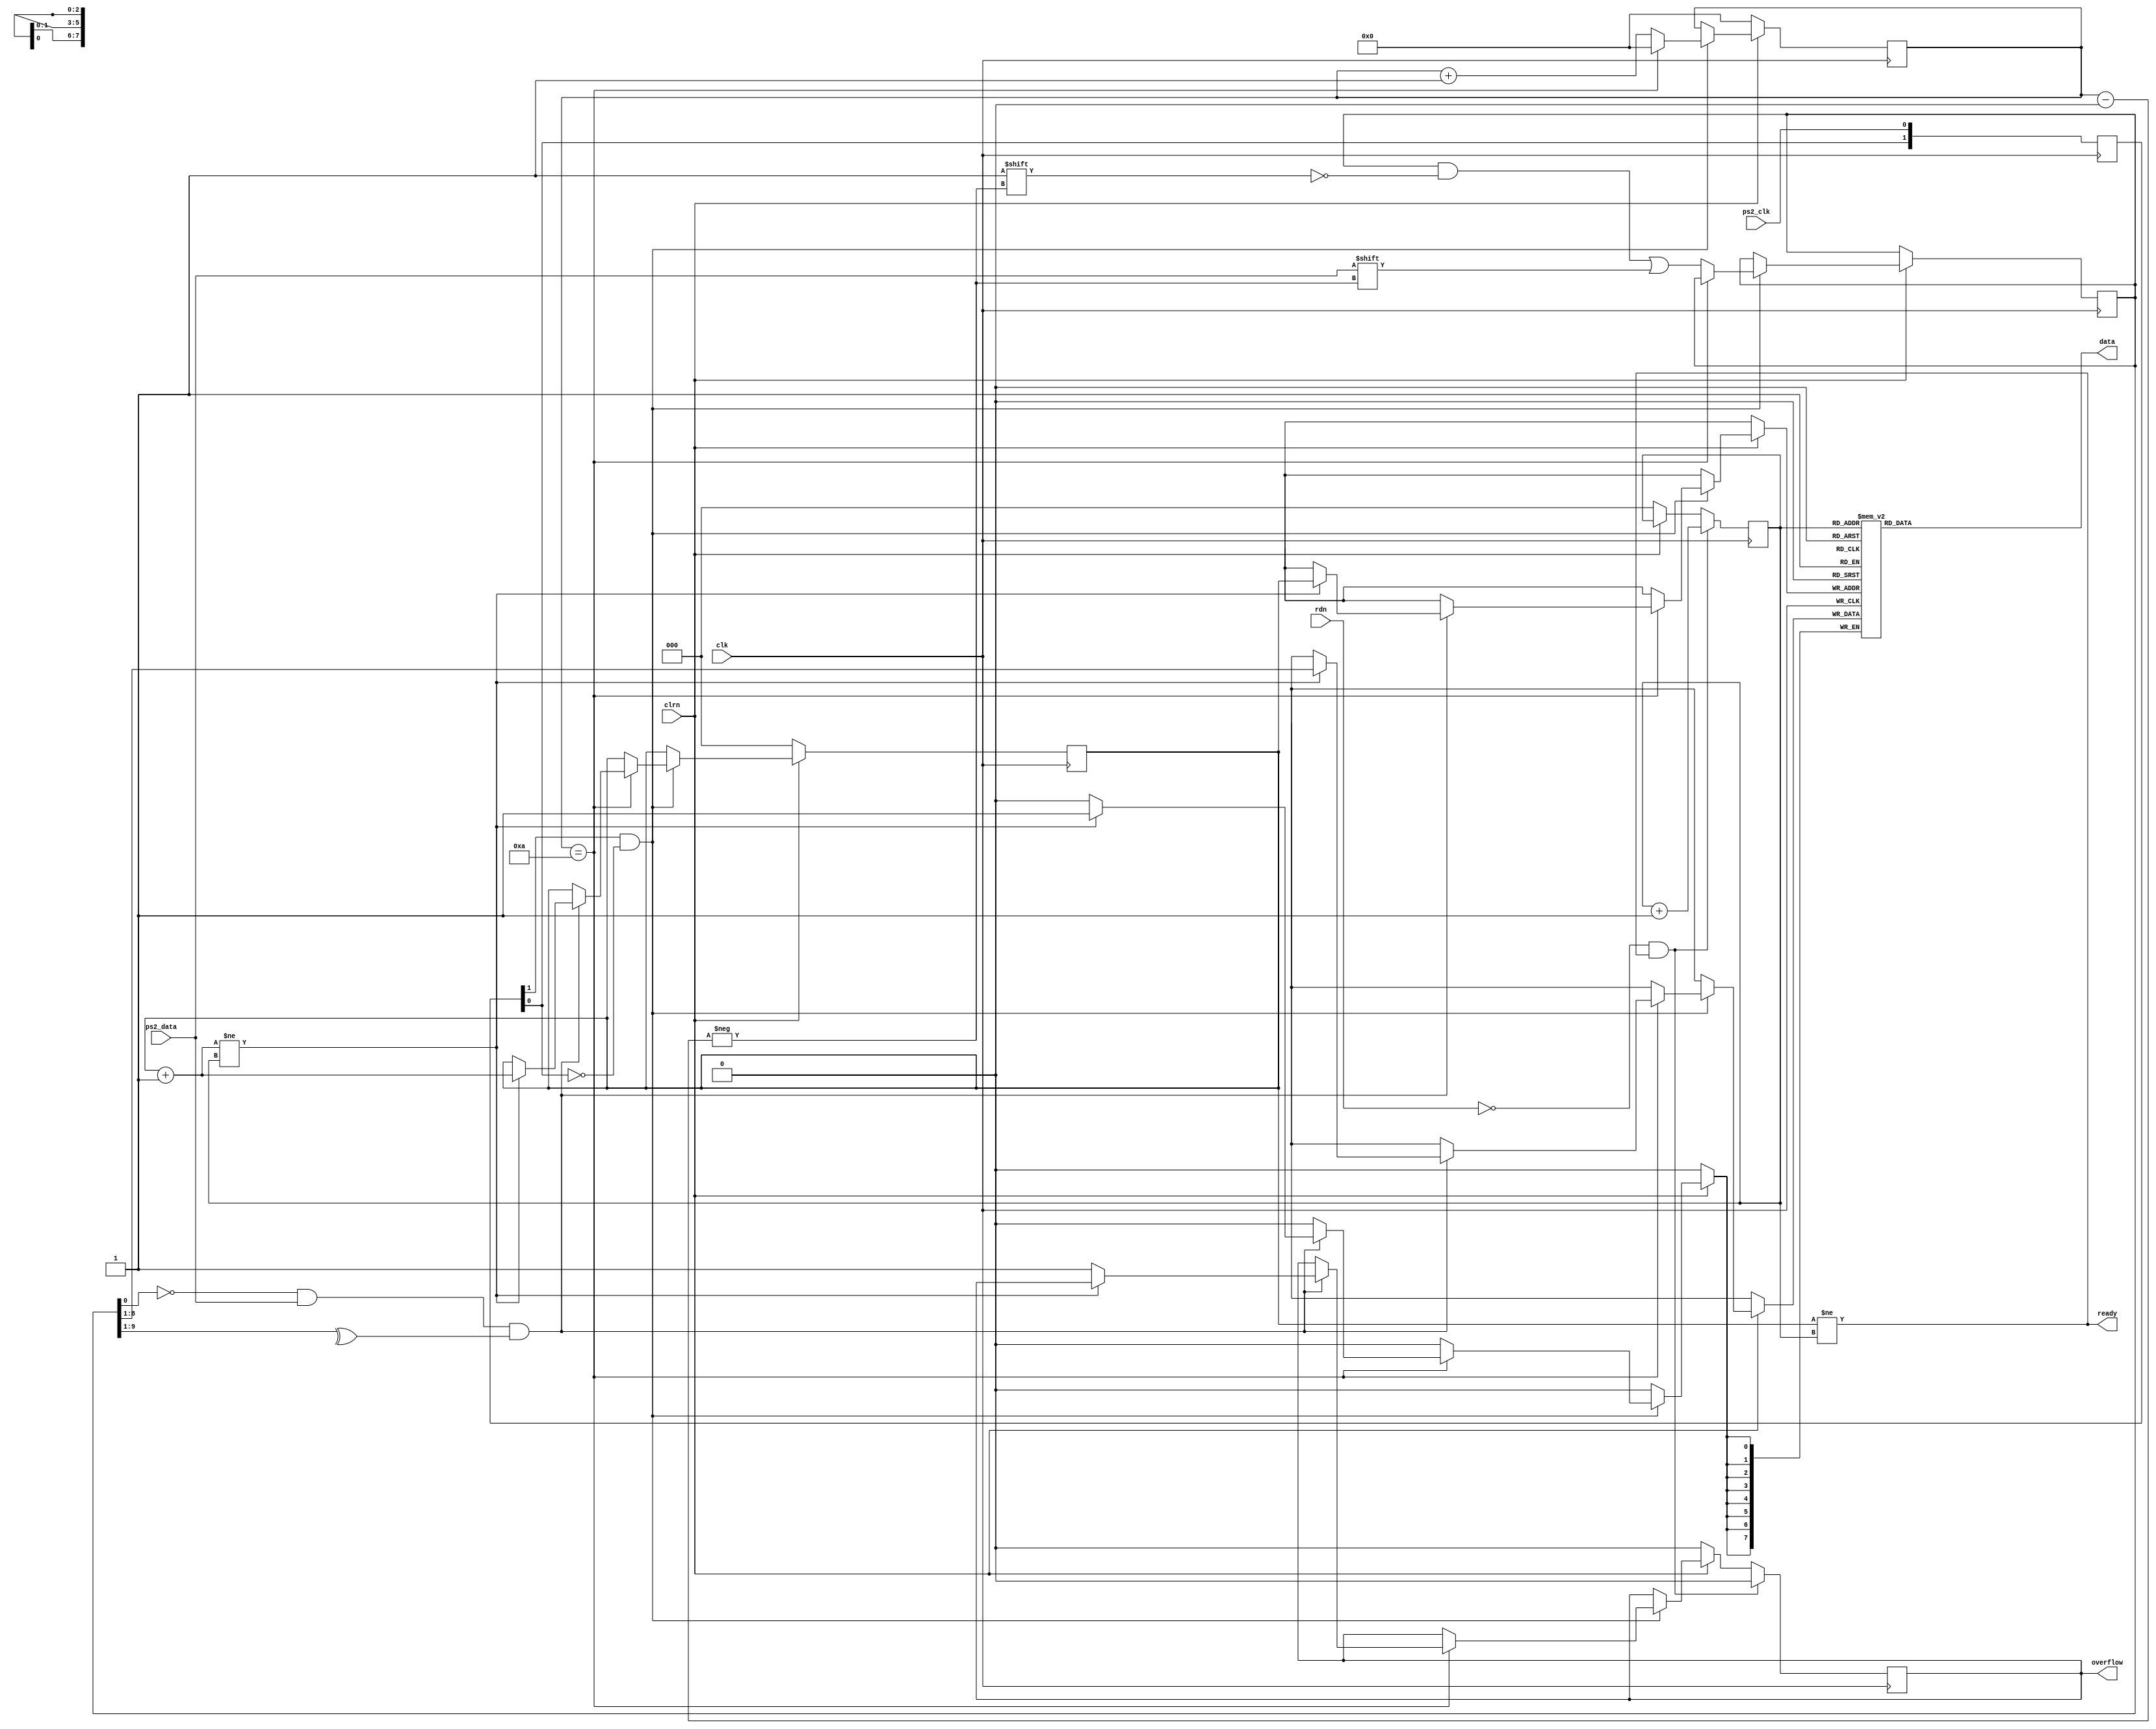
`timescale 1ns / 1ps
//////////////////////////////////////////////////////////////////////////////////
// Company: 
// Engineer: 
// 
// Design Name: 
// Module Name:    ps2_keyboard 
// Project Name: 
// Target Devices: 
// Tool versions: 
// Description: 
//
// Dependencies: 
//
// Revision: 
// Revision 0.01 - File Created
// Additional Comments: 
//
//////////////////////////////////////////////////////////////////////////////////
module ps2_keyboard (input clk,// 50 MHz
							input clrn, //active low
							input ps2_clk, // ps2 clock
							input ps2_data,  // ps2 data
							input rdn, // read, active low
							output [7:0]data, // 8-bit code
							output ready, // code ready
							output reg overflow); // fifo overflow
reg [9:0] buffer; // ps2_data bits
reg [7:0] fifo[7:0]; // circular fifo
reg [3:0] count; // count ps2_data bits
reg [2:0] w_ptr,r_ptr; // fifo w/r pointers
reg [1:0] ps2_clk_sync; // for detecting falling edge

always @ (posedge clk)
	ps2_clk_sync <= {ps2_clk_sync[0],ps2_clk};
wire sampling = ps2_clk_sync[1] &~ps2_clk_sync[0]; // had a falling edge

always @ (posedge clk) begin
	if (!clrn) begin // on reset
		count <= 0; // clear count
		w_ptr <= 0; // clear w_ptr
		r_ptr <= 0; // clear r_ptr
		overflow <= 0; // clear overflow
	end else if (sampling) begin // if sampling
		if (count == 4'd10) begin // if got one frame
			if ((buffer[0] == 0) && (ps2_data) && (^buffer[9:1])) begin
				if ((w_ptr + 3'b1) != r_ptr) begin
					fifo[w_ptr] <= buffer[8:1];
					w_ptr <= w_ptr + 3'b1; // w_ptr++
				end else begin
					overflow <= 1; // overflow
					end
				end
			count <= 0; // for next frame
		end else begin // else
			buffer[count] <= ps2_data; // store ps2_data
			count <= count + 4'b1; // count++
		end
	end
	if (!rdn && ready) begin // on cpu read
		r_ptr <= r_ptr + 3'b1; // r_ptr++
		overflow <= 0; // clear overflow
	end
end
assign ready = (w_ptr != r_ptr); // fifo is not empty
assign data = fifo[r_ptr]; // code byte
endmodule